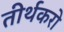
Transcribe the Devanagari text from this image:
तीर्थकरो